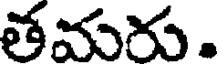
తమరు.